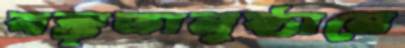
বক্তৃতানুষ্ঠানে